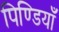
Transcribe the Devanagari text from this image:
पिण्डियाँ